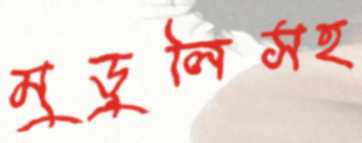
মুড়ুলিসহ